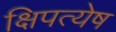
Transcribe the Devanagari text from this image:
क्षिपत्येष